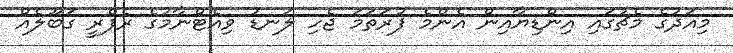
މިއަދުގެ މެޗުގައި އިންޑިޔާއިން އެންމެ ފުރަތަމަ ޖެހި ލަނޑު ވިއެޓްނާމުގެ ރެފްރީ ގަބޫލެއް